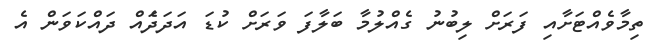
ތިމާވެއްޓަށާއި ފަރަށް ލިބުނު ގެއްލުމާ ބަލާފަ ވަރަށް ކުޑަ އަދަދަެއް ދައްކަވަން އެ